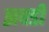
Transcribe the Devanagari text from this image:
झबडी